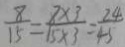
\frac { 8 } { 1 5 } = \frac { 8 \times 3 } { 1 5 \times 3 } = \frac { 2 4 } { 4 5 }